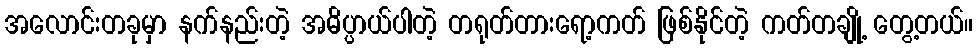
အလောင်းတခုမှာ နက်နည်းတဲ့ အဓိပ္ပာယ်ပါတဲ့ တရုတ်တားရော့ကတ် ဖြစ်နိုင်တဲ့ ကတ်တချို့ တွေ့တယ်။